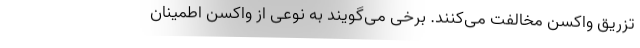
تزریق واکسن مخالفت می‌کنند. برخی می‌گویند به نوعی از واکسن اطمینان